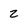
Character: z